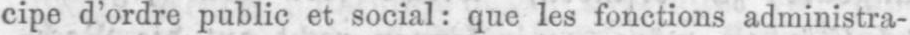
cipe d’ordre public et social: que les fonctions administra-